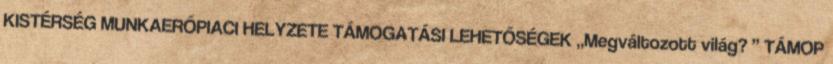
KISTÉRSÉG MUNKAERŐPIACI HELYZETE TÁMOGATÁSI LEHETŐSÉGEK „Megváltozott világ? ” TÁMOP